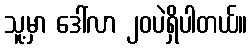
သူ့မှာ ဒေါ်လာ ၂၀ပဲရှိပါတယ်။